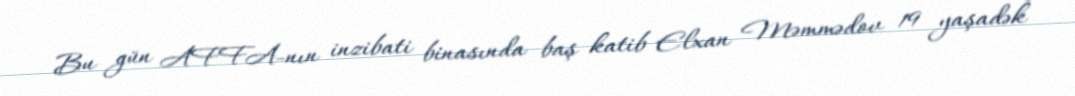
Bu gün AFFA-nın inzibati binasında baş katib Elxan Məmmədov 19 yaşadək